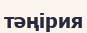
тәңірия